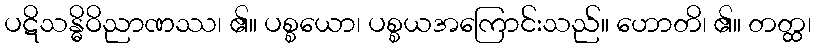
ပဋိသန္ဓိဝိညာဏဿ၊ ၏။ ပစ္စယော၊ ပစ္စယအကြောင်းသည်။ ဟောတိ၊ ၏။ တတ္ထ၊